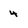
Character: 4